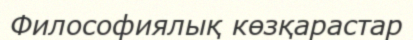
Философиялық көзқарастар